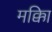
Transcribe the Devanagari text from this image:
मक्काि